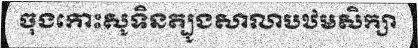
ចុងកោះសូទិនត្បូងសាលាបឋមសិក្សា